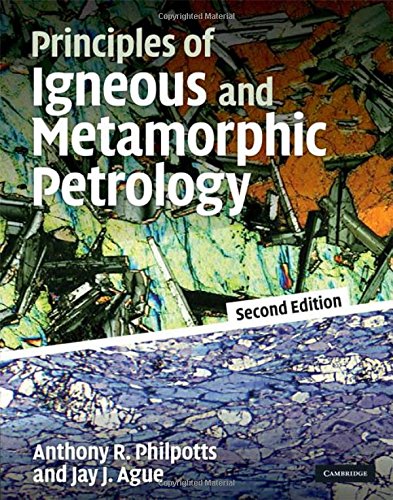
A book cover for Principles of Igneous and Metamorphic Petrology; Anthony Philpotts; Science & Math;